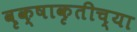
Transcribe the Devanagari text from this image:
वृक्षाकृतीच्या